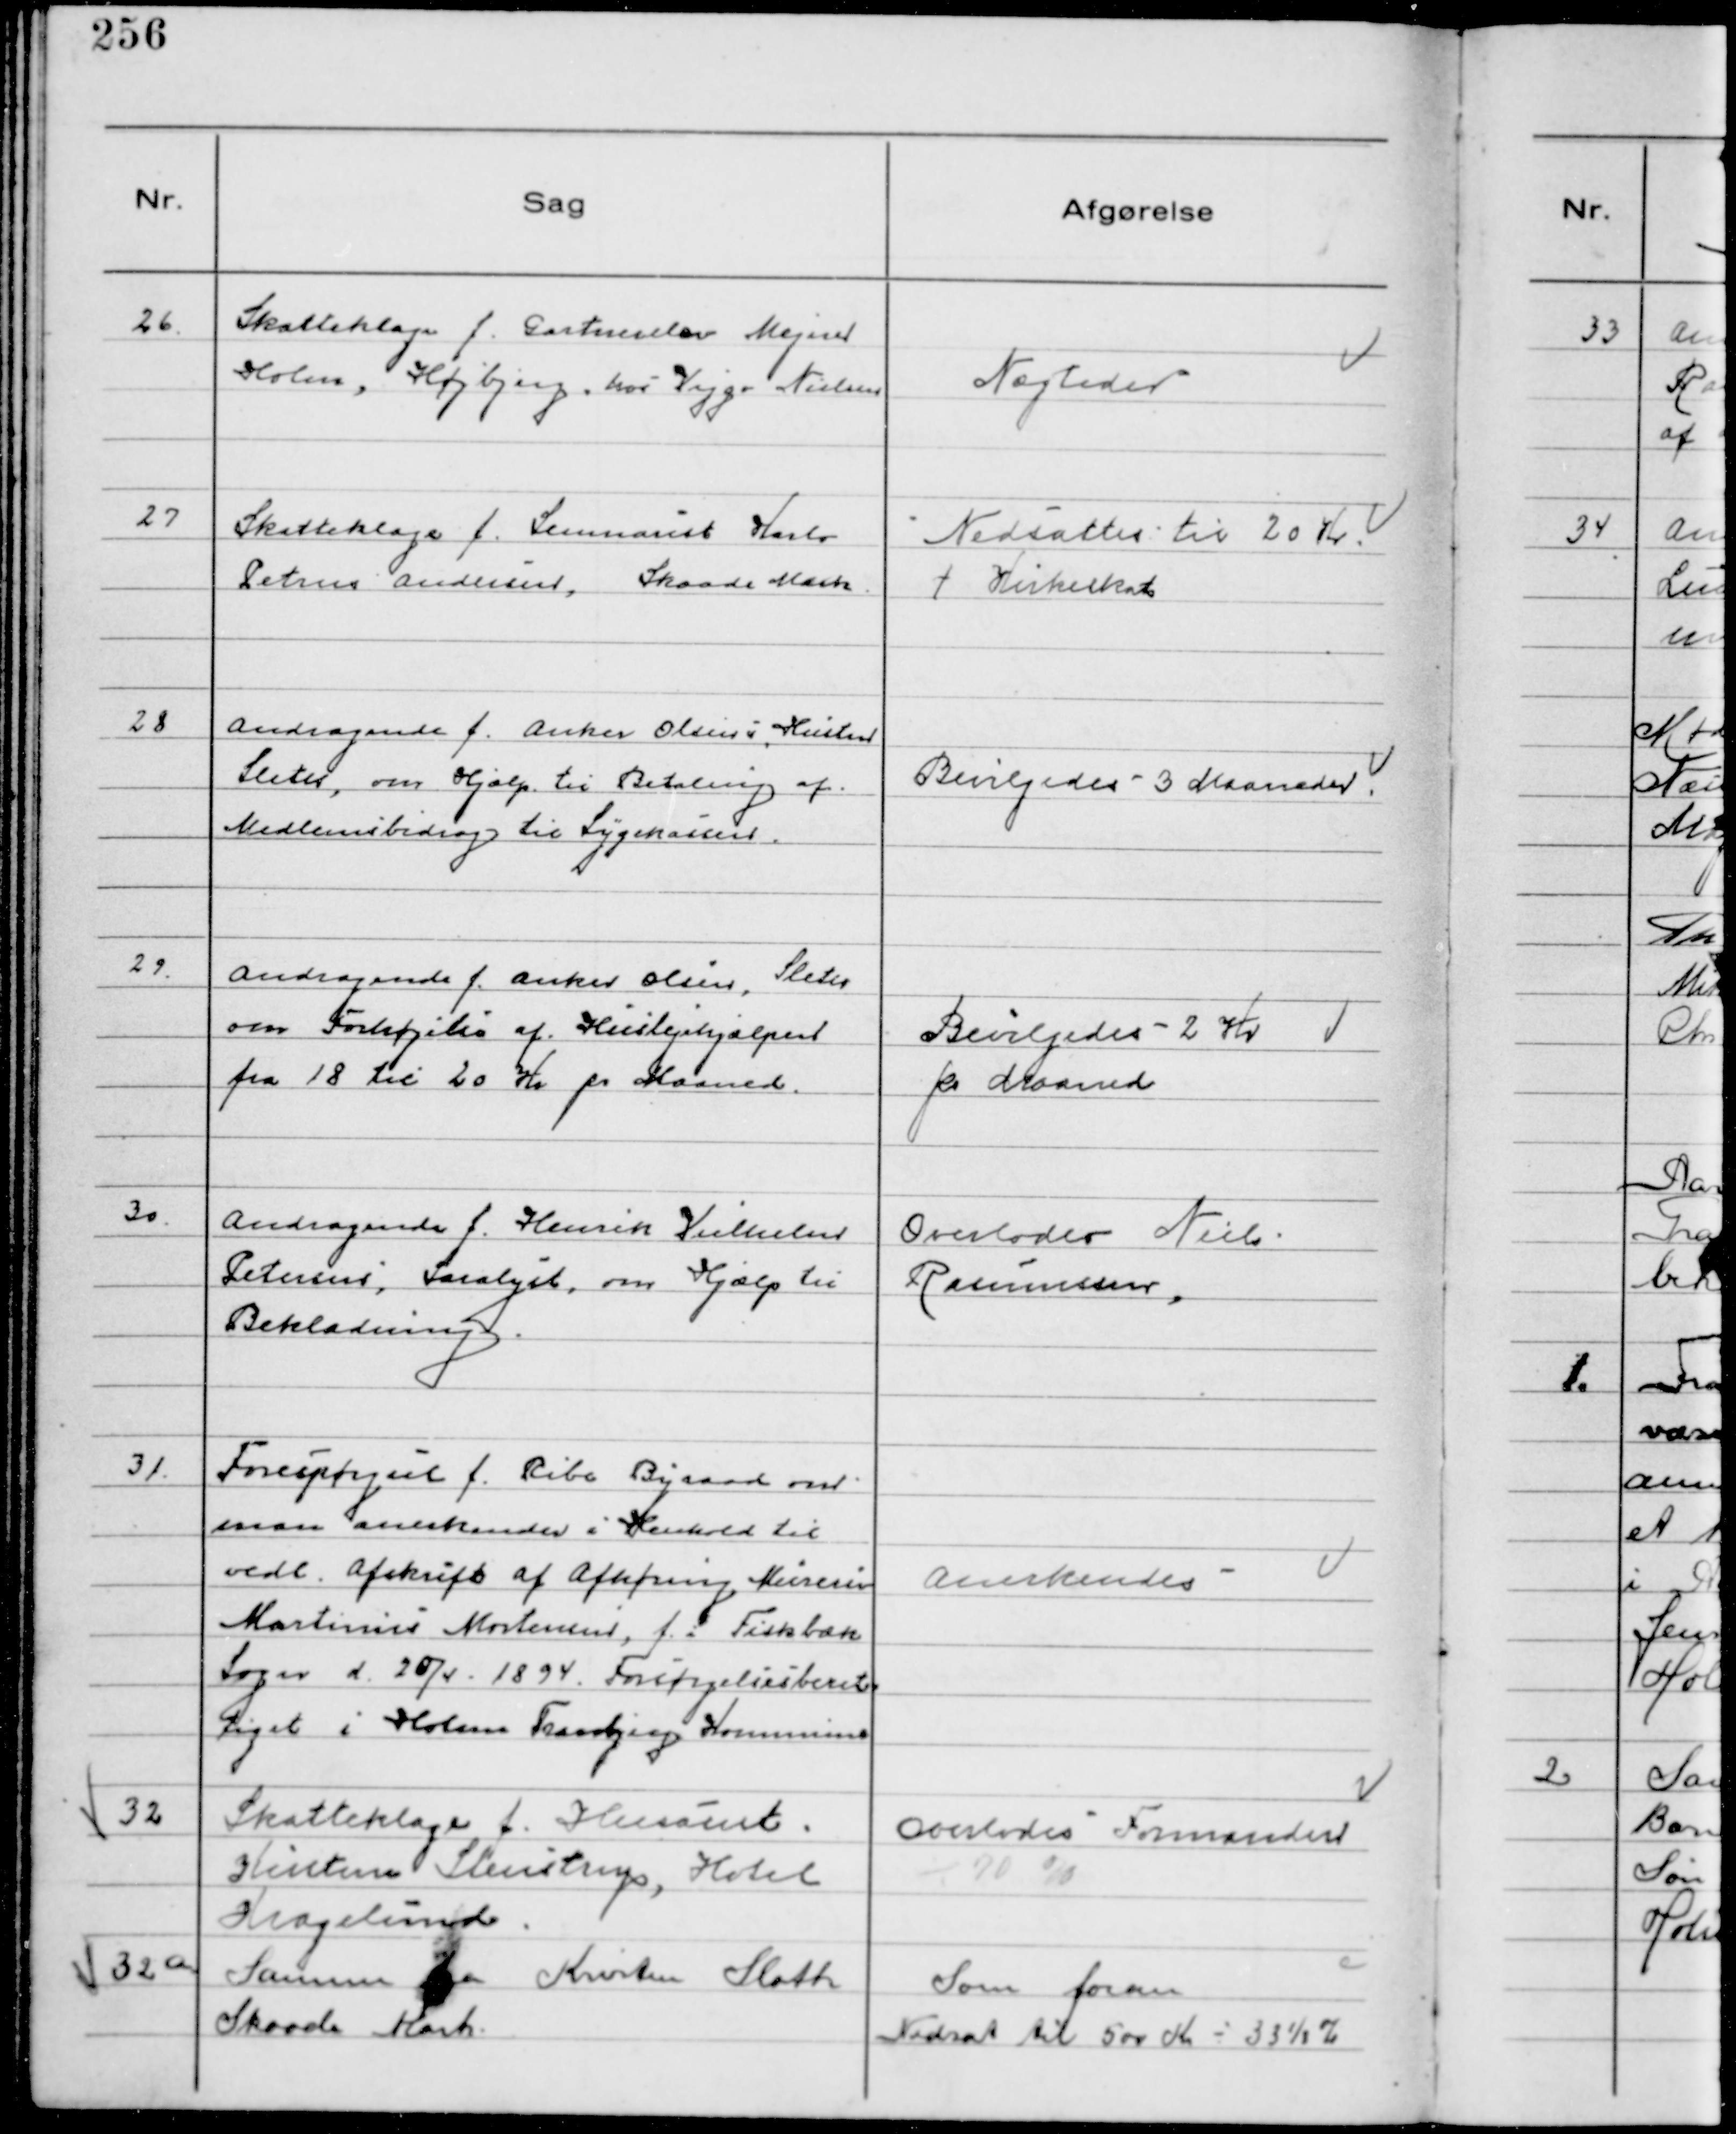
Transskription:
26.
Skatteklage f. Gartnerelev Mejner
Holm, Højbjerg hos Viggo Nielsen

Nægtedes

27
Skatteklage f. Seminarist Karlo
Petrus Andersen, Skaade Mark.

Nedsattes til 20 Kr.
+ Kirkeskat

28
Andragende f. Anker Olsens Hustru
Sleth, om Hjælp til Betaling af
Medlemsbidrag til Sygekassen.

Bevilgedes 3 Maaneder

29.
Andragende f. Anker Olsen, Sleth
om Forhøjelse af Huslejehjælpen
fra 18 til 20 Kr pr Maaned.

Bevilgedes 2 Kr
pr Maaned

30
Andragende f. Henrik Vilhelm
Petersen, Saralyst, om Hjælp til
Beklædning.

Overlodes Niels
Rasmussen.

31.
Forespørgsel f. Ribe Byraad om
man anerkender i Henhold til
vedl. Afskrift af Afhøring Murersv
Martinus Mortensen, f. i Fiskbæk
Sogn d. 20/4 1894 Forsørgelsesberet
tiget i Holme Tranbjerg Kommune

Anerkendes

32
Skatteklage f. Husasist.
Kirstine Stenstrup, Hotel
Kragelund.

Overlodes Formanden
÷ 70 %

32 a
Samme fra Kristen Sloth
Skaade Mark

Som foran
Nedsat til 500 Kr ÷ 33⅓ %